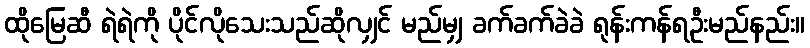
ထိုမြေဆီ ရဲရဲကို ပိုင်လိုသေးသည်ဆိုလျှင် မည်မျှ ခက်ခက်ခဲခဲ ရုန်းကန်ရဦးမည်နည်း။